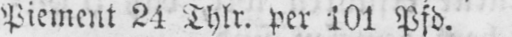
Piement 24 Thlr. per 101 Pfd.